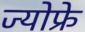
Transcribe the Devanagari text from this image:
ज्योफ्रे